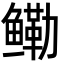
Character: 鳓